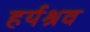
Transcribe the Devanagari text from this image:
हर्यश्रव